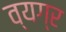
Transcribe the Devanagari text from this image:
व्‍यग्र